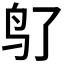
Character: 𬷽